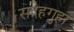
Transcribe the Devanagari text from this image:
सदेहगुहा